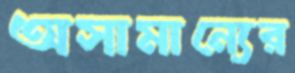
অসামান্যের